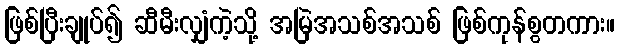
ဖြစ်ပြီးချုပ်၍ ဆီမီးလျှံကဲ့သို့ အမြဲအသစ်အသစ် ဖြစ်ကုန်စွတကား။